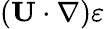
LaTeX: ({\mathbf{U}}\cdot\nabla)\varepsilon